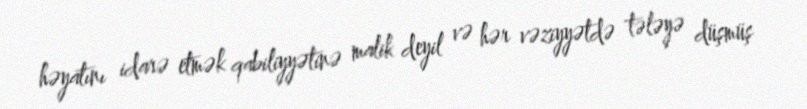
həyatını idarə etmək qabiliyyətinə malik deyil və hər vəziyyətdə tələyə düşmüş